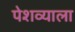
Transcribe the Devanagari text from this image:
पेशव्याला